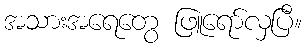
အသားအရေတွေ ဖြူရော်လှပြီ။